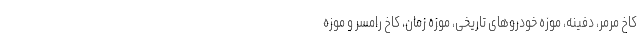
کاخ مرمر، دفینه، موزه خودروهای تاریخی، موزه زمان، کاخ رامسر و موزه